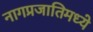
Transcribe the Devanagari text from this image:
नागप्रजातिमध्ये